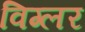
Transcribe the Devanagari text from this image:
विग्लर